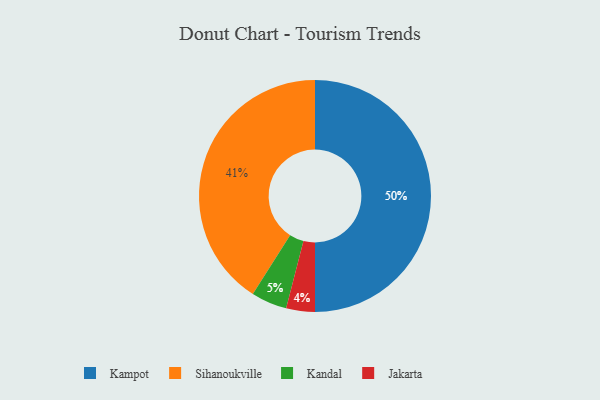
{"axis": {"x": "Category", "y": "Percentage"}, "legend": ["Jakarta", "Kampot", "Kandal", "Sihanoukville"], "data": [{"x": "Kandal", "y": 5, "type": "Kandal"}, {"x": "Jakarta", "y": 4, "type": "Jakarta"}, {"x": "Kampot", "y": 50, "type": "Kampot"}, {"x": "Sihanoukville", "y": 41, "type": "Sihanoukville"}]}